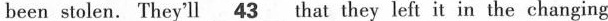
been stolen. Tbey'll\underline43 hat they left it in the changing